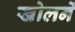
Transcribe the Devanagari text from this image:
खोलनें